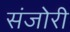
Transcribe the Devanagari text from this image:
संजोरी